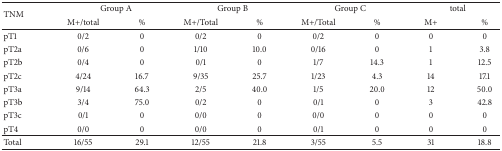
| <ROWSPAN=2> TNM | <COLSPAN=2> Group A | <COLSPAN=2> Group B | <COLSPAN=2> Group C | <COLSPAN=2> total |
 | M+/total | % | M+/Total | % | M+/Total | % | M+ | % |
 | --- | --- | --- | --- | --- | --- | --- | --- | --- |
 | pT1 | 0/2 | 0 | 0/2 | 0 | 0/2 | 0 | 0 | 0 |
 | pT2a | 0/6 | 0 | 1/10 | 10.0 | 0/16 | 0 | 1 | 3.8 |
 | pT2b | 0/4 | 0 | 0/1 | 0 | 1/7 | 14.3 | 1 | 12.5 |
 | pT2c | 4/24 | 16.7 | 9/35 | 25.7 | 1/23 | 4.3 | 14 | 17.1 |
 | pT3a | 9/14 | 64.3 | 2/5 | 40.0 | 1/5 | 20.0 | 12 | 50.0 |
 | pT3b | 3/4 | 75.0 | 0/2 | 0 | 0/1 | 0 | 3 | 42.8 |
 | pT3c | 0/1 | 0 | 0/0 | 0 | 0/0 | 0 | 0 | 0 |
 | pT4 | 0/0 | 0 | 0/0 | 0 | 0/1 | 0 | 0 | 0 |
 | Total | 16/55 | 29.1 | 12/55 | 21.8 | 3/55 | 5.5 | 31 | 18.8 |